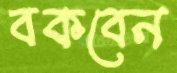
বকবেন